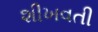
શીખવતી